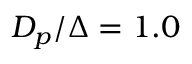
D _ { p } / \Delta = 1 . 0